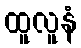
ထူလူနံ